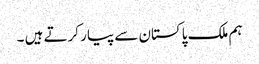
ہم ملک پاکستان سے پیار کرتے ہیں ۔